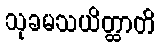
သုခမသယိတ္ထာတိ